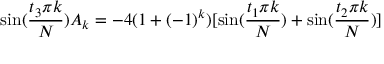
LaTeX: \sin ( \frac { t _ { 3 } \pi k } N ) A _ { k } = - 4 ( 1 + ( - 1 ) ^ { k } ) [ \sin ( \frac { t _ { 1 } \pi k } N ) + \sin ( \frac { t _ { 2 } \pi k } N ) ]